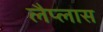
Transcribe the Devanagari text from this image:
लैप्लास